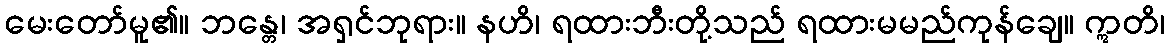
မေးတော်မူ၏။ ဘန္တေ၊ အရှင်ဘုရား။ နဟိ၊ ရထားဘီးတို့သည် ရထားမမည်ကုန်ချေ။ ဣတိ၊